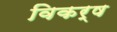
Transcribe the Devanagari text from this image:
विकर्ष